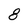
Character: 8